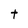
Character: t